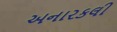
અનારકલી